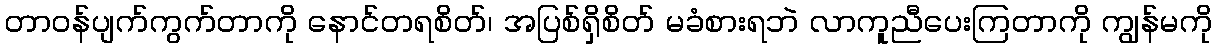
တာဝန်ပျက်ကွက်တာကို နောင်တရစိတ်၊ အပြစ်ရှိစိတ် မခံစားရဘဲ လာကူညီပေးကြတာကို ကျွန်မကို